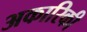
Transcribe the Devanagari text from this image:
अकारिकी